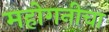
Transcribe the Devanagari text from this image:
महोगनीचा